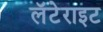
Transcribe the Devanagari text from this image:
लॅटेराइट